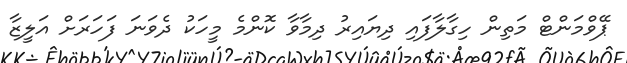
ޕޭވްމަންޓް މަތިން ހިގާލާފައި ދިޔައިރު ދިމާވާ ކޮންމެ މީހަކު ދެވަނަ ފަހަރަށް އަލީޒާ